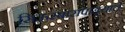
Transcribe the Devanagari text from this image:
सिऊरबारापाड्याचे